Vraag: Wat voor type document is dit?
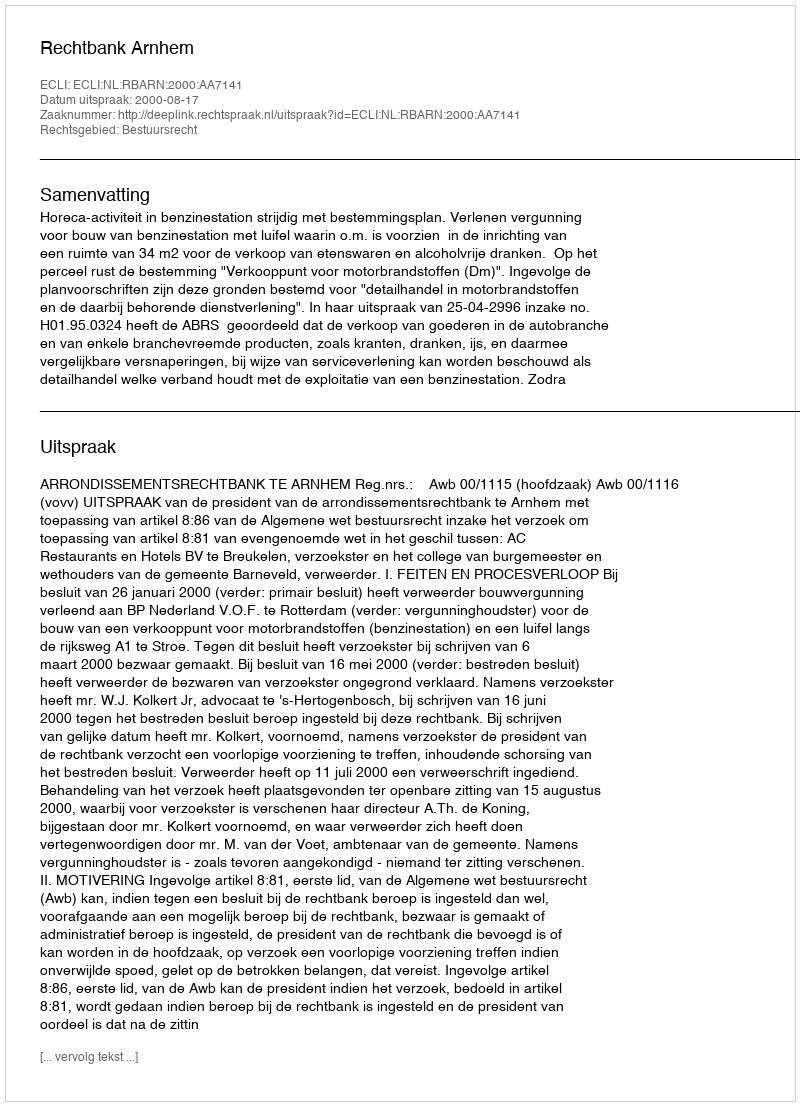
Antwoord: Uitspraak